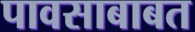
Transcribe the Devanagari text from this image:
पावसाबाबत